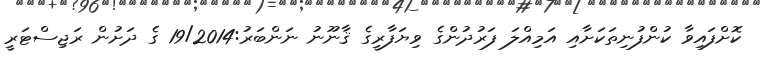
ކޮށްފައިވާ ކުންފުނިތަކަށާއި އަމިއްލަ ފަރުދުންގެ ވިޔަފާރީގެ ޤާނޫނު ނަންބަރު:19/2014 ގެ ދަށުން ރަޖިސްޓަރީ